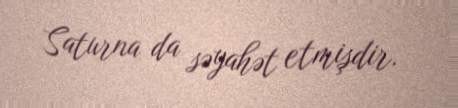
Saturna da səyahət etmişdir.